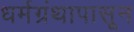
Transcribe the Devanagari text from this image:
धर्मग्रंथापासून